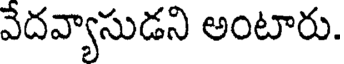
వేదవ్యాసుడని అంటారు.